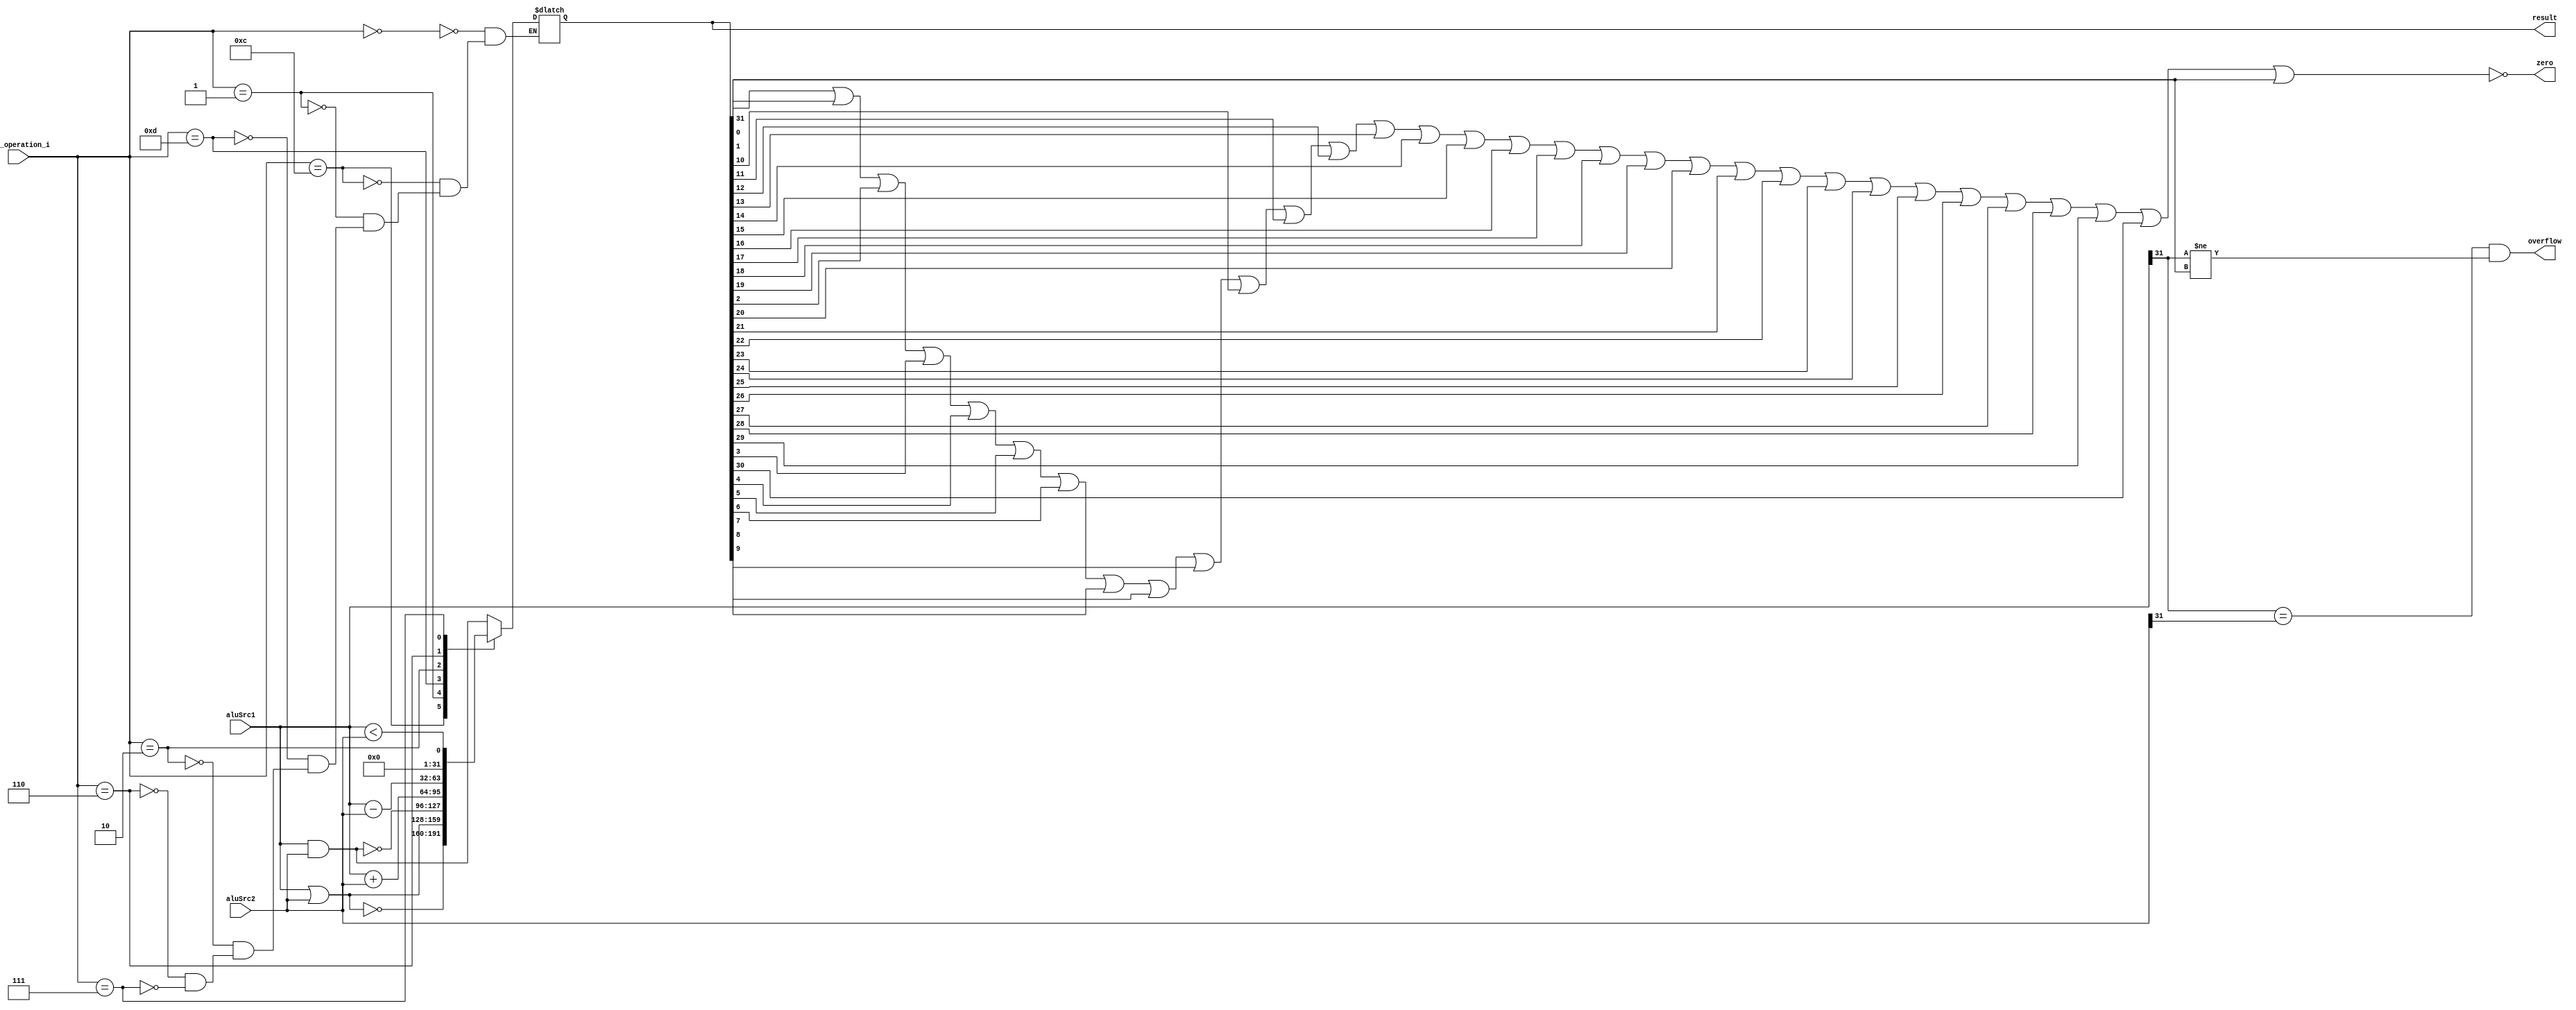
module ALU (
           aluSrc1,
           aluSrc2,
           ALU_operation_i,
           result,
           zero,
           overflow
       );

//I/O ports
input [32-1:0] aluSrc1;
input [32-1:0] aluSrc2;
input [4-1:0] ALU_operation_i;

output reg[32-1:0] result;
output zero;
output overflow;

//Internal Signals
wire zero;
wire overflow;

//Main function
/*your code here*/
integer i;
nor (zero, result[0], result[1], result[2], result[3], result[4], result[5], result[6], result[7], result[8], result[9], result[10], result[11], result[12], result[13], result[14], result[15], result[16], result[17], result[18], result[19], result[20], result[21], result[22], result[23], result[24], result[25], result[26], result[27], result[28], result[29], result[30], result[31]);

always @*
begin
    case(ALU_operation_i)
        4'b0000:result = aluSrc1&aluSrc2;
        4'b1100:result = ~(aluSrc1|aluSrc2);
        4'b0001:result = aluSrc1|aluSrc2;
        4'b1101:result = ~(aluSrc1&aluSrc2);
        4'b0010:result = $signed(aluSrc1) + $signed(aluSrc2);
        4'b0110:result = $signed(aluSrc1) - $signed(aluSrc2);
        4'b0111:result = {31'b0, $signed(aluSrc1) < $signed(aluSrc2)};
    endcase
end

assign overflow = (aluSrc1[31]==aluSrc2[31])&&(aluSrc1[31]!=result[31]);

endmodule